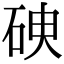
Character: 𥑷